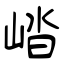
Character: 崉